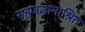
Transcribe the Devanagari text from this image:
सहजज्ञानाश्रित